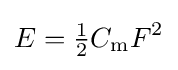
E={\tfrac {1}{2}}C_{\mathrm {m} }F^{2}